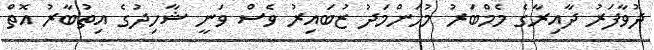
ދުވާފަރު ދާއިރާގެ މެމްބަރު މުހަންމަދު ޒުބައިރު ވެސް ވަނީ ޝާހިދުގެ އިތުބާރު އޮތް